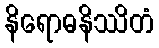
နိရောဓနိဿိတံ